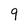
Character: 9